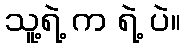
သူ့ရဲ့ က ရဲ့ ပဲ။